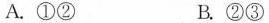
A.①② B.②③